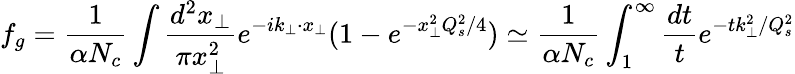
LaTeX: f_{g}={\frac{1}{\alpha N_{c}}}\int{\frac{d^{2}x_{\perp}}{\pi x_{\perp}^{2}}}e^{-ik_{\perp}\cdot x_{\perp}}(1-e^{-x_{\perp}^{2}Q_{s}^{2}/4})\simeq{\frac{1}{\alpha N_{c}}}\int_{1}^{\infty}{\frac{dt}{t}}e^{-tk_{\perp}^{2}/Q_{s}^{2}}